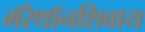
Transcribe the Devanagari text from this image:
मॅरेथॉनशिवाय